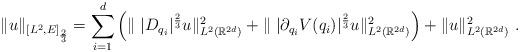
LaTeX: \begin{align*}\|u\|_{[L^2,E]_{\frac{2}{3}}}={\sum_{i=1}^{d}\Big(\|\;|D_{q_i}|^{\frac{2}{3}}u\|_{L^2(\mathbb{R}^{2d})}^2+\|\;|\partial_{q_i}V(q_i)|^{\frac{2}{3}}u\|^2_{L^2(\mathbb{R}^{2d})}\Big)+\|u\|^2_{L^2(\mathbb{R}^{2d})}~.}\end{align*}